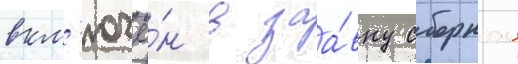
вкл'ючё́н в заа́вку сборнои